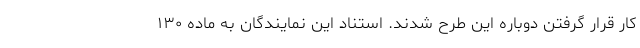
کار قرار گرفتن دوباره این طرح شدند. استناد این نمایندگان به ماده ۱۳۰